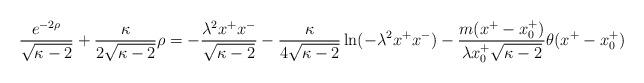
LaTeX: \begin{align*}\frac{e^{-2\rho}}{\sqrt{\kappa-2}}+\frac{\kappa}{2 \sqrt{\kappa-2}} \rho=-\frac{\lambda^{2}x^{+}x^{-}}{\sqrt{\kappa-2}}-\frac{\kappa}{4\sqrt{\kappa-2}}\ln(-\lambda^{2}x^{+}x^{-})-\frac{m(x^{+}-x_{0}^{+})}{\lambda x_{0}^{+} \sqrt{\kappa-2}} \theta(x^{+}-x_{0}^{+})\end{align*}